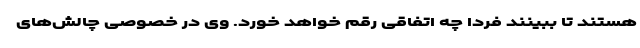
هستند تا ببینند فردا چه اتفاقی رقم خواهد خورد. وی در خصوصی چالش‌های